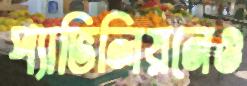
প্যাভিলিয়নেও